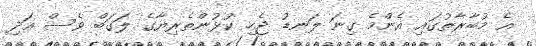
އެ މުބާރާތުގައި އެންމެ ގިނަ ލަނޑު ޖެހި ކުޅުންތެރިޔާގެ ލަގަބް ވެސް އަދި